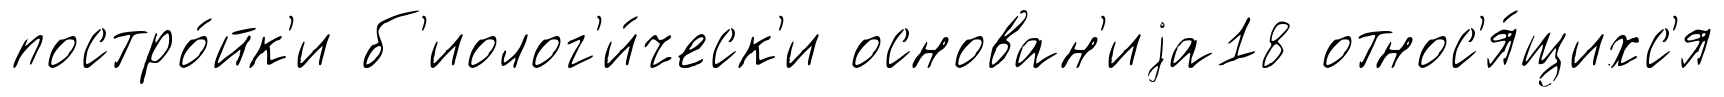
постро́йк'и б'иолог'и́ческ'и основан'иjа18 относ'я́щихс'я